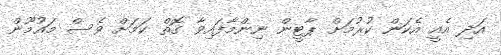
އަދި އެއީ އެކަން ކުރުމަށް ޕާޓީން ނިންމާފައިވާ ގޮތް ކަމަށް ވެސް މައުމޫން